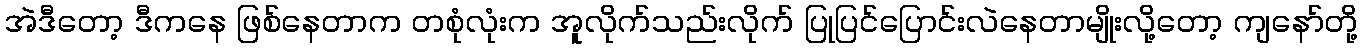
အဲဒီတော့ ဒီကနေ ဖြစ်နေတာက တစုံလုံးက အူလိုက်သည်းလိုက် ပြုပြင်ပြောင်းလဲနေတာမျိုးလို့တော့ ကျနော်တို့